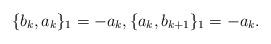
LaTeX: \begin{align*}\{b_k,a_k\}_1=-a_k, \{a_k,b_{k+1}\}_1=-a_k.\end{align*}